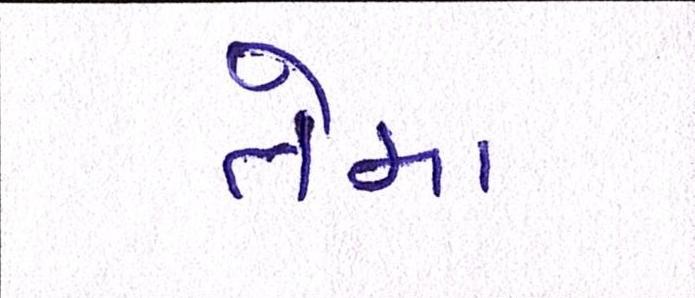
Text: તેમા